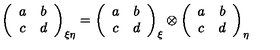
\left( \begin{array} { c c } { a } & { b } \\ { c } & { d } \\ \end{array} \right) _ { \xi \eta } = \left( \begin{array} { c c } { a } & { b } \\ { c } & { d } \\ \end{array} \right) _ { \xi } \otimes \left( \begin{array} { c c } { a } & { b } \\ { c } & { d } \\ \end{array} \right) _ { \eta }